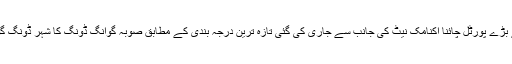
چھوٹے شہر بھی آپ کو بہتر زندگی دے سکتے ہیں معاش خبروں کے بڑے پورٹل چائنا اکنامک نیٹ کی جانب سے جاری کی گئی تازہ ترین درجہ بندی کے مطابق صوبہ گوانگ ڈونگ کا شہر ڈونگ گوان چین کے 20 امیر ترین شہروں کی فہرست میں سب سے آگے ہے۔